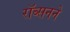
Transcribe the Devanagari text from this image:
रॉब्सनने